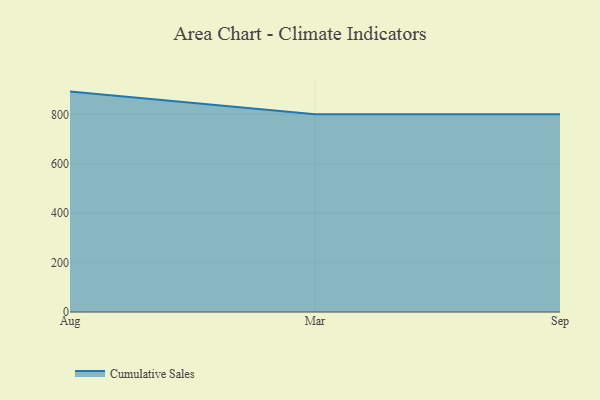
{"axis": {"x": "Month", "y": "Budget (USD K)"}, "legend": ["Cumulative Sales"], "data": [{"x": "Aug", "y": 892.1, "type": "Cumulative Sales"}, {"x": "Mar", "y": 800, "type": "Cumulative Sales"}, {"x": "Sep", "y": 800, "type": "Cumulative Sales"}]}